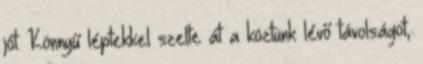
jót. Könnyű léptekkel szelte át a köztünk lévő távolságot,